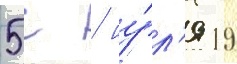
5с / иу́л'я 19